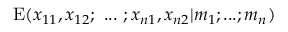
\mathrm { E } ( x _ { 1 1 } , x _ { 1 2 } ; ~ . . . ~ ; x _ { n 1 } , x _ { n 2 } | m _ { 1 } ; . . . ; m _ { n } )